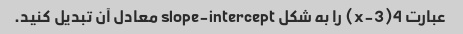
عبارت 4(x-3) را به شکل slope-intercept معادل آن تبدیل کنید.